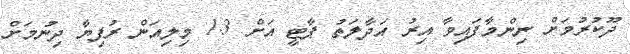
ދޫކުރުމަށް ނިންމާފައިވާ އިރު އަދާލަތު ޕާޓީ އަށް 1.3 މިލިއަން ރުފިޔާ ދިނުމަށް